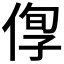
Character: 𠊫